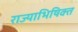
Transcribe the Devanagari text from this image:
राज्याभिषिक्त